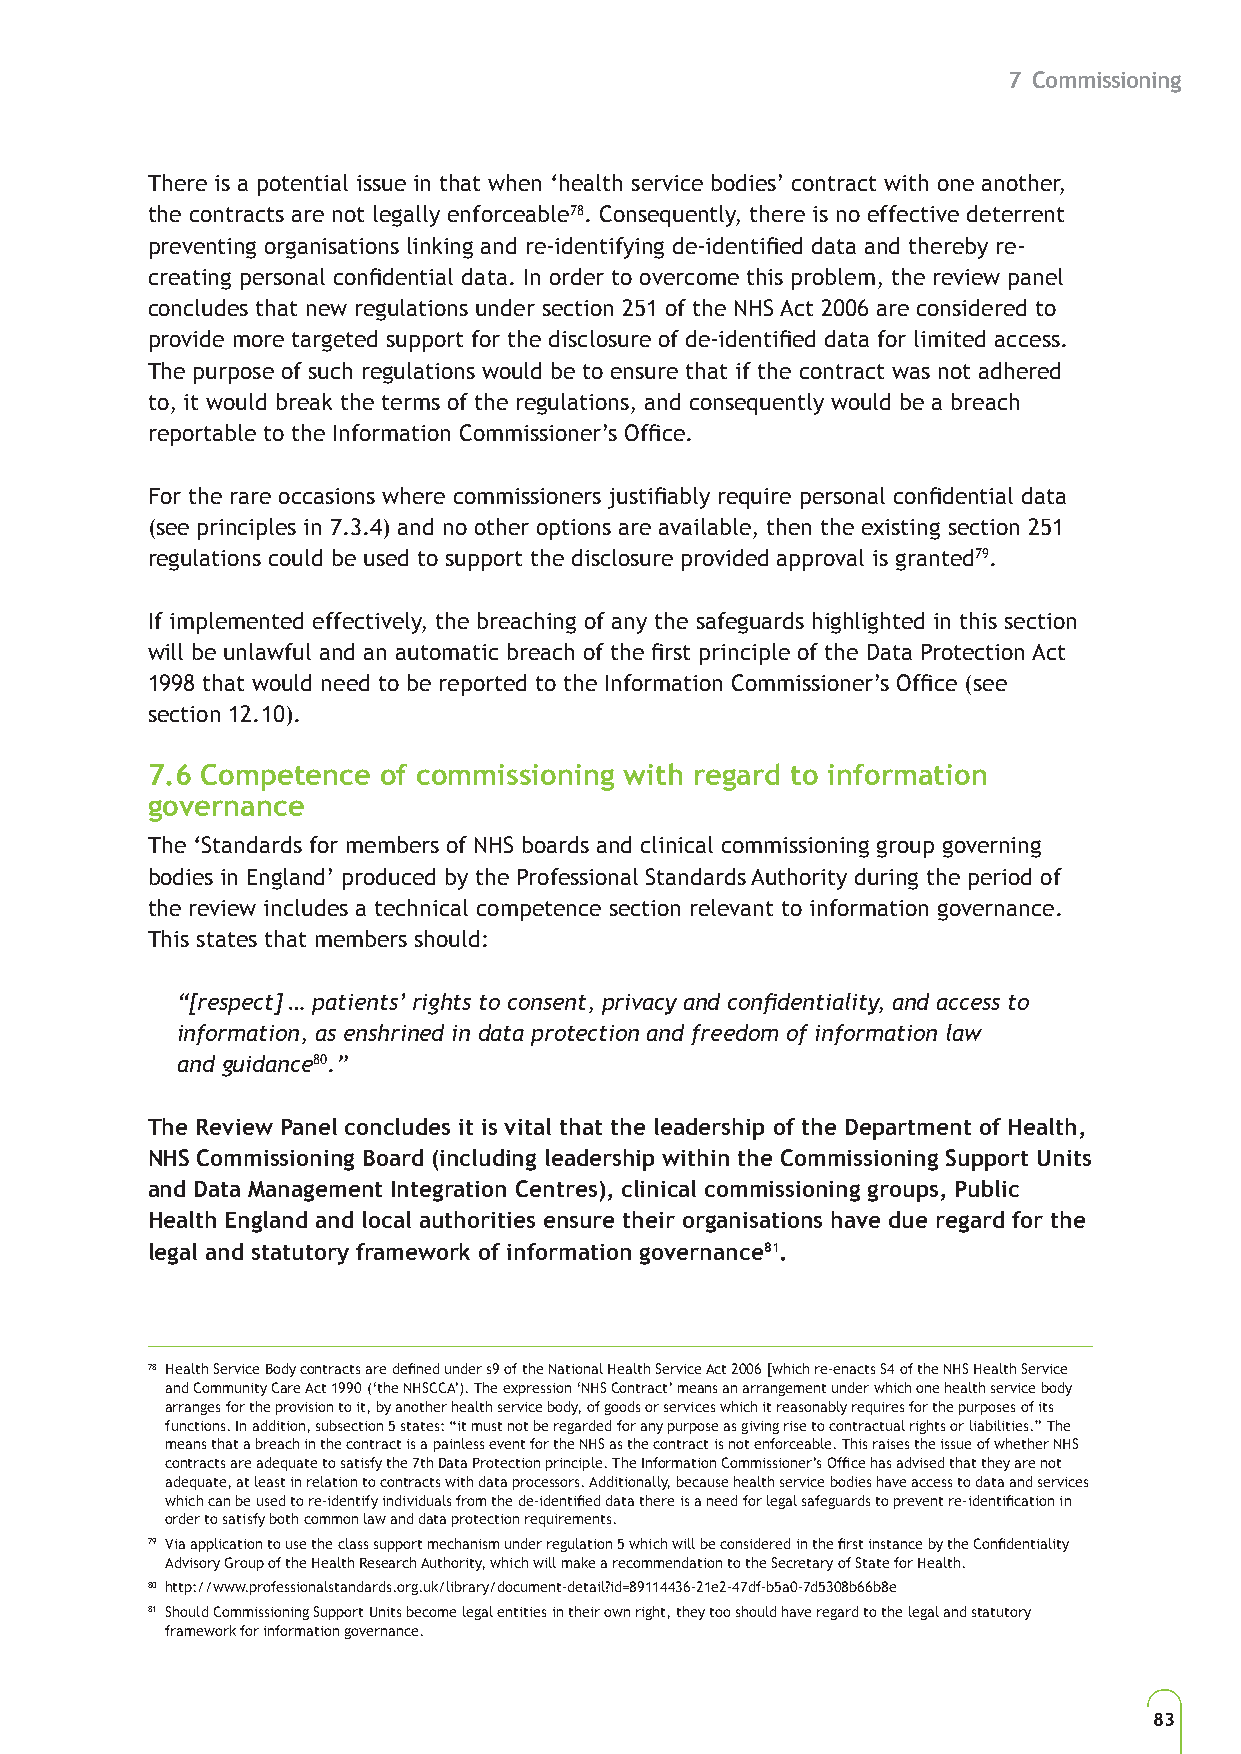
7 Commissioning
 There is a potential issue in that when ‘health service bodies’ contract with one another,
 the contracts are not legally enforceable78. Consequently, there is no effective deterrent
 preventing organisations linking and re-identifying de-identified data and thereby re-
 creating personal confidential data. In order to overcome this problem, the review panel
 concludes that new regulations under section 251 of the NHS Act 2006 are considered to
 provide more targeted support for the disclosure of de-identified data for limited access.
 The purpose of such regulations would be to ensure that if the contract was not adhered
 to, it would break the terms of the regulations, and consequently would be a breach
 reportable to the Information Commissioner’s Office.
 For the rare occasions where commissioners justifiably require personal confidential data
 (see principles in 7.3.4) and no other options are available, then the existing section 251
 regulations could be used to support the disclosure provided approval is granted79.
 If implemented effectively, the breaching of any the safeguards highlighted in this section
 will be unlawful and an automatic breach of the first principle of the Data Protection Act
 1998 that would need to be reported to the Information Commissioner’s Office (see
 section 12.10).
 7.6 Competence of commissioning with regard to information
 governance
 The ‘Standards for members of NHS boards and clinical commissioning group governing
 bodies in England’ produced by the Professional Standards Authority during the period of
 the review includes a technical competence section relevant to information governance.
 This states that members should:
 “[respect] … patients’ rights to consent, privacy and confidentiality, and access to
 information, as enshrined in data protection and freedom of information law
 and guidance80.”
 The Review Panel concludes it is vital that the leadership of the Department of Health,
 NHS Commissioning Board (including leadership within the Commissioning Support Units
 and Data Management Integration Centres), clinical commissioning groups, Public
 Health England and local authorities ensure their organisations have due regard for the
 legal and statutory framework of information governance81.
 78 Health Service Body contracts are defined under s9 of the National Health Service Act 2006 [which re-enacts S4 of the NHS Health Service
 and Community Care Act 1990 (‘the NHSCCA’). The expression ‘NHS Contract’ means an arrangement under which one health service body
 arranges for the provision to it, by another health service body, of goods or services which it reasonably requires for the purposes of its
 functions. In addition, subsection 5 states: “it must not be regarded for any purpose as giving rise to contractual rights or liabilities.” The
 means that a breach in the contract is a painless event for the NHS as the contract is not enforceable. This raises the issue of whether NHS
 contracts are adequate to satisfy the 7th Data Protection principle. The Information Commissioner’s Office has advised that they are not
 adequate, at least in relation to contracts with data processors. Additionally, because health service bodies have access to data and services
 which can be used to re-identify individuals from the de-identified data there is a need for legal safeguards to prevent re-identification in
 order to satisfy both common law and data protection requirements.
 79 Via application to use the class support mechanism under regulation 5 which will be considered in the first instance by the Confidentiality
 Advisory Group of the Health Research Authority, which will make a recommendation to the Secretary of State for Health.
 80 http://www.professionalstandards.org.uk/library/document-detail?id=89114436-21e2-47df-b5a0-7d5308b66b8e
 81 Should Commissioning Support Units become legal entities in their own right, they too should have regard to the legal and statutory
 framework for information governance.
 83